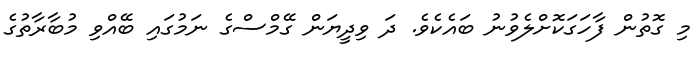
މި ގޮތުން ފާހަގަކޮށްލެވުނު ބައެކެވެ. ދަ ވިދީޔަން ގޭމްސްގެ ނަމުގައި ބޭއްވި މުބާރާތުގެ